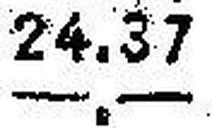
—.—